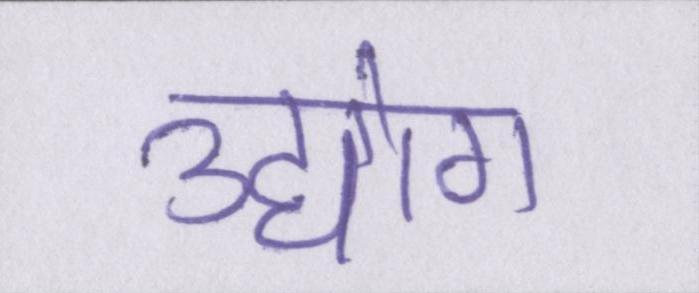
उद्योग